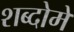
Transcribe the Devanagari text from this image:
शब्दोमें